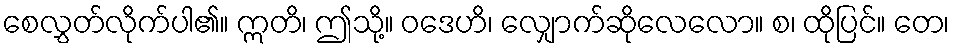
စေလွှတ်လိုက်ပါ၏။ ဣတိ၊ ဤသို့။ ဝဒေဟိ၊ လျှောက်ဆိုလေလော။ စ၊ ထိုပြင်။ တေ၊